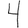
Digit: 4